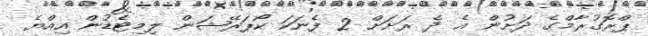
ޕްރޮގުރާމްގެ ދަށުން އެ ދެ ރަށަށް 2 ފެނަކަ ކޯޕަރޭޝަން ލިމިޓެޑުން އިއްޔެ